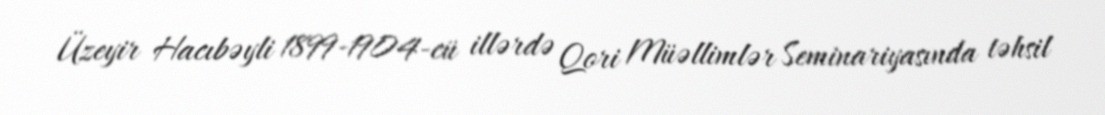
Üzeyir Hacıbəyli 1899-1904-cü illərdə Qori Müəllimlər Seminariyasında təhsil